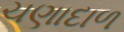
ચણાદાળ